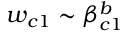
w _ { c 1 } \sim \beta _ { c 1 } ^ { b }